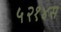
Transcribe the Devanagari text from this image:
५२१४स